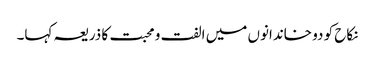
نکاح کو دو خاندانوں میں الفت و محبت کا ذریعہ کہا۔